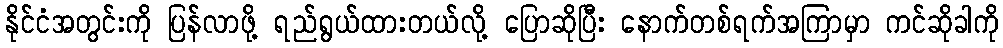
နိုင်ငံအတွင်းကို ပြန်လာဖို့ ရည်ရွယ်ထားတယ်လို့ ပြောဆိုပြီး နောက်တစ်ရက်အကြာမှာ ကင်ဆိုခါကို